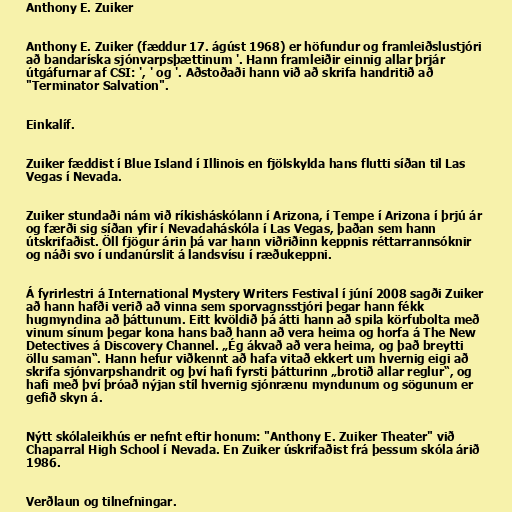
Anthony E. Zuiker

Anthony E. Zuiker (fæddur 17. ágúst 1968) er höfundur og framleiðslustjóri
að bandaríska sjónvarpsþættinum '. Hann framleiðir einnig allar þrjár
útgáfurnar af CSI: ', ' og '. Aðstoðaði hann við að skrifa handritið að
"Terminator Salvation".

Einkalíf.

Zuiker fæddist í Blue Island í Illinois en fjölskylda hans flutti síðan til Las
Vegas í Nevada.

Zuiker stundaði nám við ríkisháskólann í Arizona, í Tempe í Arizona í þrjú ár
og færði sig síðan yfir í Nevadaháskóla í Las Vegas, þaðan sem hann
útskrifaðist. Öll fjögur árin þá var hann viðriðinn keppnis réttarrannsóknir
og náði svo í undanúrslit á landsvísu í ræðukeppni.

Á fyrirlestri á International Mystery Writers Festival í júní 2008 sagði Zuiker
að hann hafði verið að vinna sem sporvagnsstjóri þegar hann fékk
hugmyndina að þáttunum. Eitt kvöldið þá átti hann að spila körfubolta með
vinum sínum þegar kona hans bað hann að vera heima og horfa á The New
Detectives á Discovery Channel. „Ég ákvað að vera heima, og það breytti
öllu saman“. Hann hefur viðkennt að hafa vitað ekkert um hvernig eigi að
skrifa sjónvarpshandrit og því hafi fyrsti þátturinn „brotið allar reglur“, og
hafi með því þróað nýjan stíl hvernig sjónrænu myndunum og sögunum er
gefið skyn á.

Nýtt skólaleikhús er nefnt eftir honum: "Anthony E. Zuiker Theater" við
Chaparral High School í Nevada. En Zuiker úskrifaðist frá þessum skóla árið
1986.

Verðlaun og tilnefningar.